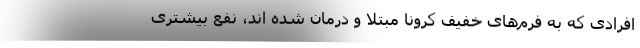
افرادی که به فرم‌های خفیف کرونا مبتلا و درمان شده اند، نفع بیشتری